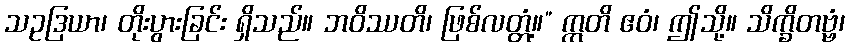
သဥဒြယာ၊ တိုးပွားခြင်း ရှိသည်။ ဘဝိဿတိ၊ ဖြစ်လတ္တံ့။” ဣတိ ဧဝံ၊ ဤသို့။ သိက္ခိတဗ္ဗံ၊